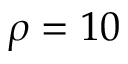
\rho = 1 0